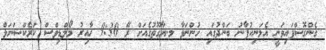
ގެންގޮސްފައިވަނީ އެމަނިކުފާނު ބަންދުގައި ހުންނަވާ މ.ޔާގޫތުގެއަށް ރޭ 9:30 ހާއިރު މޯލްޑިވްސް ކަރެކްޝަނަލް